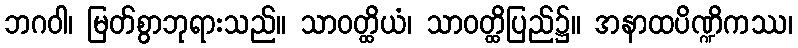
ဘဂဝါ၊ မြတ်စွာဘုရားသည်။ သာဝတ္ထိယံ၊ သာဝတ္ထိပြည်၌။ အနာထပိဏ္ဍိကဿ၊